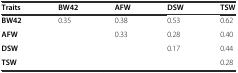
| Traits | BW42 | AFW | DSW | TSW |
 | --- | --- | --- | --- | --- |
 | BW42 | 0.35 | 0.38 | 0.53 | 0.62 |
 | AFW |  | 0.33 | 0.28 | 0.40 |
 | DSW |  |  | 0.17 | 0.44 |
 | TSW |  |  |  | 0.28 |